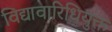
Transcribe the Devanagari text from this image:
विद्यावारिधियुक्त